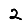
Digit: 2